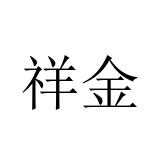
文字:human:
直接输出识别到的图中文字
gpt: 祥金